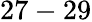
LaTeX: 27-29